Annual administration report of the Civil Veterinary Department of India - 1898-1899
Year: 1898
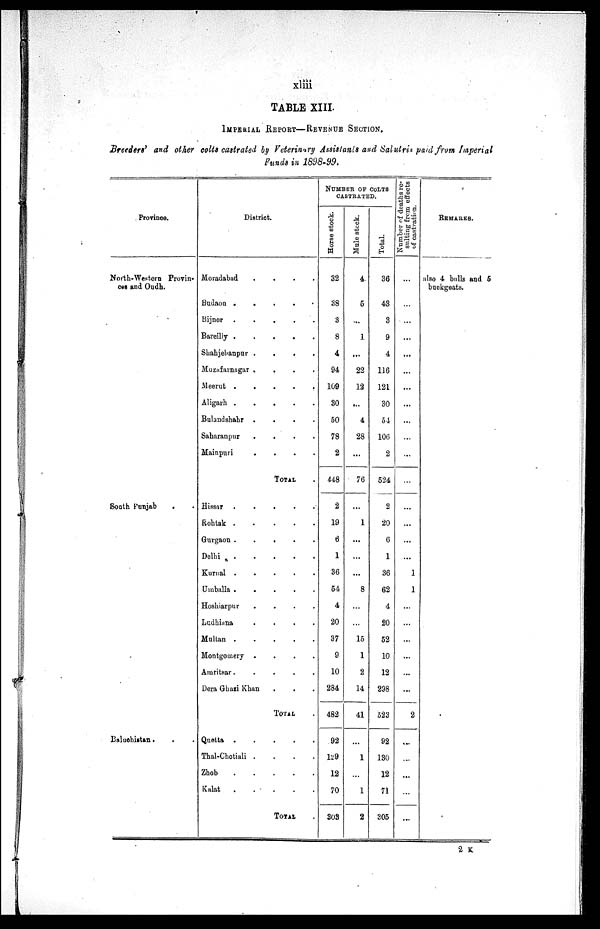
xliii
TABLE XIII.
IMPERIAL REPORT—REVENUE SECTION.
Breeders' and other colts castrated by Veterinary Assistants and Salutris paid from Imperial
Funds in 1898-99.
Province.
North-Western Provin-
ces and Oudh.
South Punjab . . .
Baluchistan.
District.
Moradabad
.
.
.
.
Budaon . . . . .
Bijnor .
.
.
.
.
Bareilly
.
.
.
.
.
Shahjehanpur .
.
. . .
Muzafarnagar
.
.
. . .
Meerut .
.
.
.
.
Aligarh .
.
.
.
.
Bulandshahr .
.
.
.
Saharanpur
.
.
.
.
Mainpuri
.
.
.
.
TOTAL .
Hissar
.
.
.
.
.
Rohtak
.
.
.
.
.
Gurgaon . . . . .
Delhi
.
.
.
.
.
.
Kurnal .
.
.
.
.
Umballa .
.
.
.
.
Hoshiarpur
.
. . . .
Ludhiana
.
.
.
.
Multan
.
.
.
.
.
Montgomery .
.
.
.
Amritsar .
.
.
.
.
Dera Ghazi Khan . . . . .
TOTAL .
Quetta .
.
.
. . .
Thal-Chotiali .
.
.
.
Zhob
.
.
.
.
.
Kalat
.
.
.
.
.
.
TOTAL .
NUMBER OF COLTS
CASTRATED.
Horse stock.
32
38
3
8
4
94
109
30
50
78
2
448
2
19
6
1
36
54
4
20
37
9
10
284
482
92
129
12
70
303
Mule stock.
4
5
...
1
...
22
12
...
4
28
...
76
...
1
...
...
...
8
...
...
15
1
2
14
41
...
1
...
1
2
Total.
36
43
3
9
4
116
121
30
54
106
2
524
2
20
6
1
36
62
4
20
52
10
12
298
523
92
130
12
71
305
Number of deaths re-
sulting from effects
of castration.
...
...
...
...
...
...
...
...
...
...
...
...
...
...
...
...
1
1
...
...
...
...
...
...
2
...
...
...
...
...
REMARKS.
also 4 bulls and 5
buckgoats.
2 K